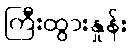
ကြီးထွားနှုန်း